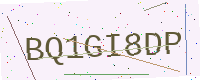
Text: BQ1GI8DP